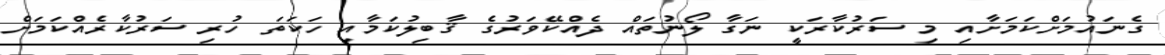
ގެނައުމަށްކަމަށާއި މި ސަރުކާރަކީ ނަގާ ލޯނުތައް ދެއްކޭވަރުގެ ޤާބިލުކަމާއި ހަކަތަ ހުރި ސަރުކާރެއްކަމަށް